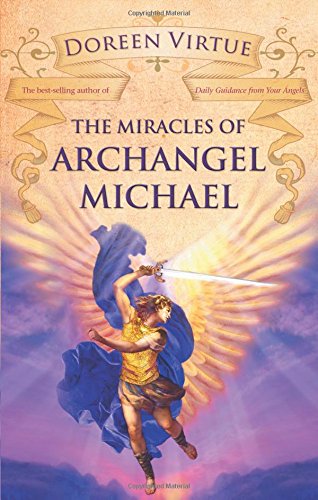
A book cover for The Miracles of Archangel Michael; Doreen Virtue; Religion & Spirituality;